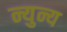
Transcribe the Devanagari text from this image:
न्युन्य